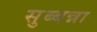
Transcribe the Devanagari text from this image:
सुब्बन्ना